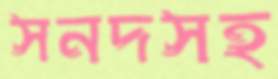
সনদসহ